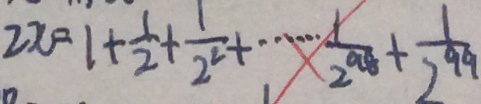
2 x = 1 + \frac { 1 } { 2 } + \frac { 1 } { 2 ^ { 2 } } + \cdots + \frac { 1 } { 2 ^ { 9 8 } } + \frac { 1 } { 2 ^ { 9 9 } }